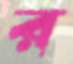
র